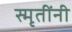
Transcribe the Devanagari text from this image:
स्मृतींनी